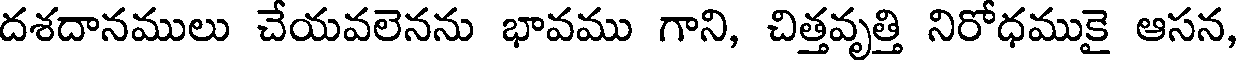
దశదానములు చేయవలెనను భావము గాని, చిత్తవృత్తి నిరోధముకై ఆసన,